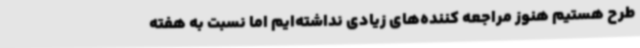
طرح هستیم هنوز مراجعه کننده‌های زیادی نداشته‌ایم اما نسبت به هفته